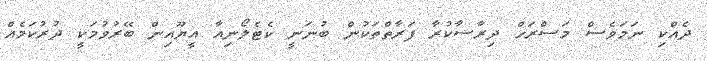
ދެއްކި ނަމަވެސް މަސްރަހް ދިރާސާކުރާ ފަރާތްތަކުން ބުނަނީ ކެޓެލޯނިއާ އީޔޫއިން ބޭރުވުމަކީ ދުރުކަމެއް